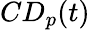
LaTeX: CD_{p}(t)